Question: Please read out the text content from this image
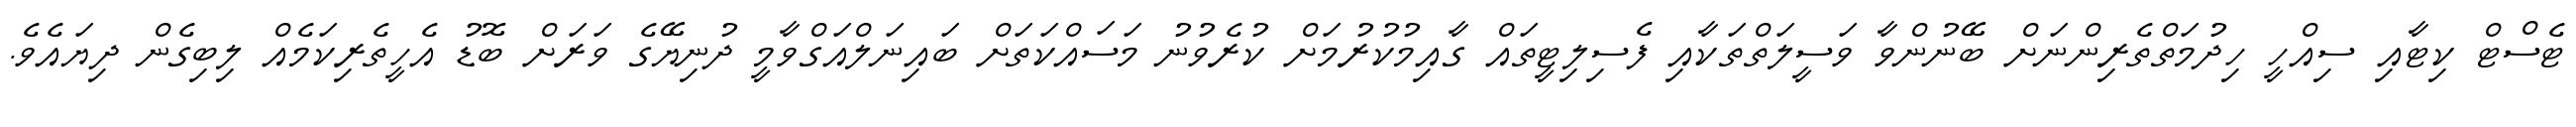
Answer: ޓެސްޓް ކިޓާއި ސިއްހީ ހިދުމަތްތެރިންނަށް ބޭނުންވާ ވަސީލަތްތަކާއި ފެސިލިޓީތައް ގާއިމުކުރުމަށް ކުރެވުނު މަސައްކަތަށް ބައިނަލްއަގްވާމީ ދުނިޔޭގެ ވަރަށް ބޮޑު އެހީތެރިކަމެއް ލިބިގެން ދިޔައެވެ.